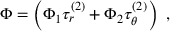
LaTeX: \Phi = \left( \Phi _ { 1 } \tau _ { r } ^ { ( 2 ) } + \Phi _ { 2 } \tau _ { \theta } ^ { ( 2 ) } \right) \ ,